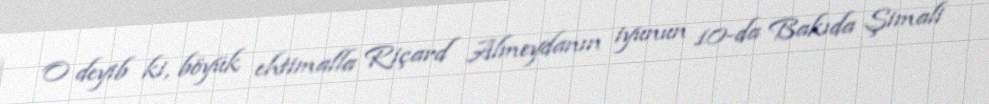
O deyib ki, böyük ehtimalla Riçard Almeydanın iyunun 10-da Bakıda Şimali